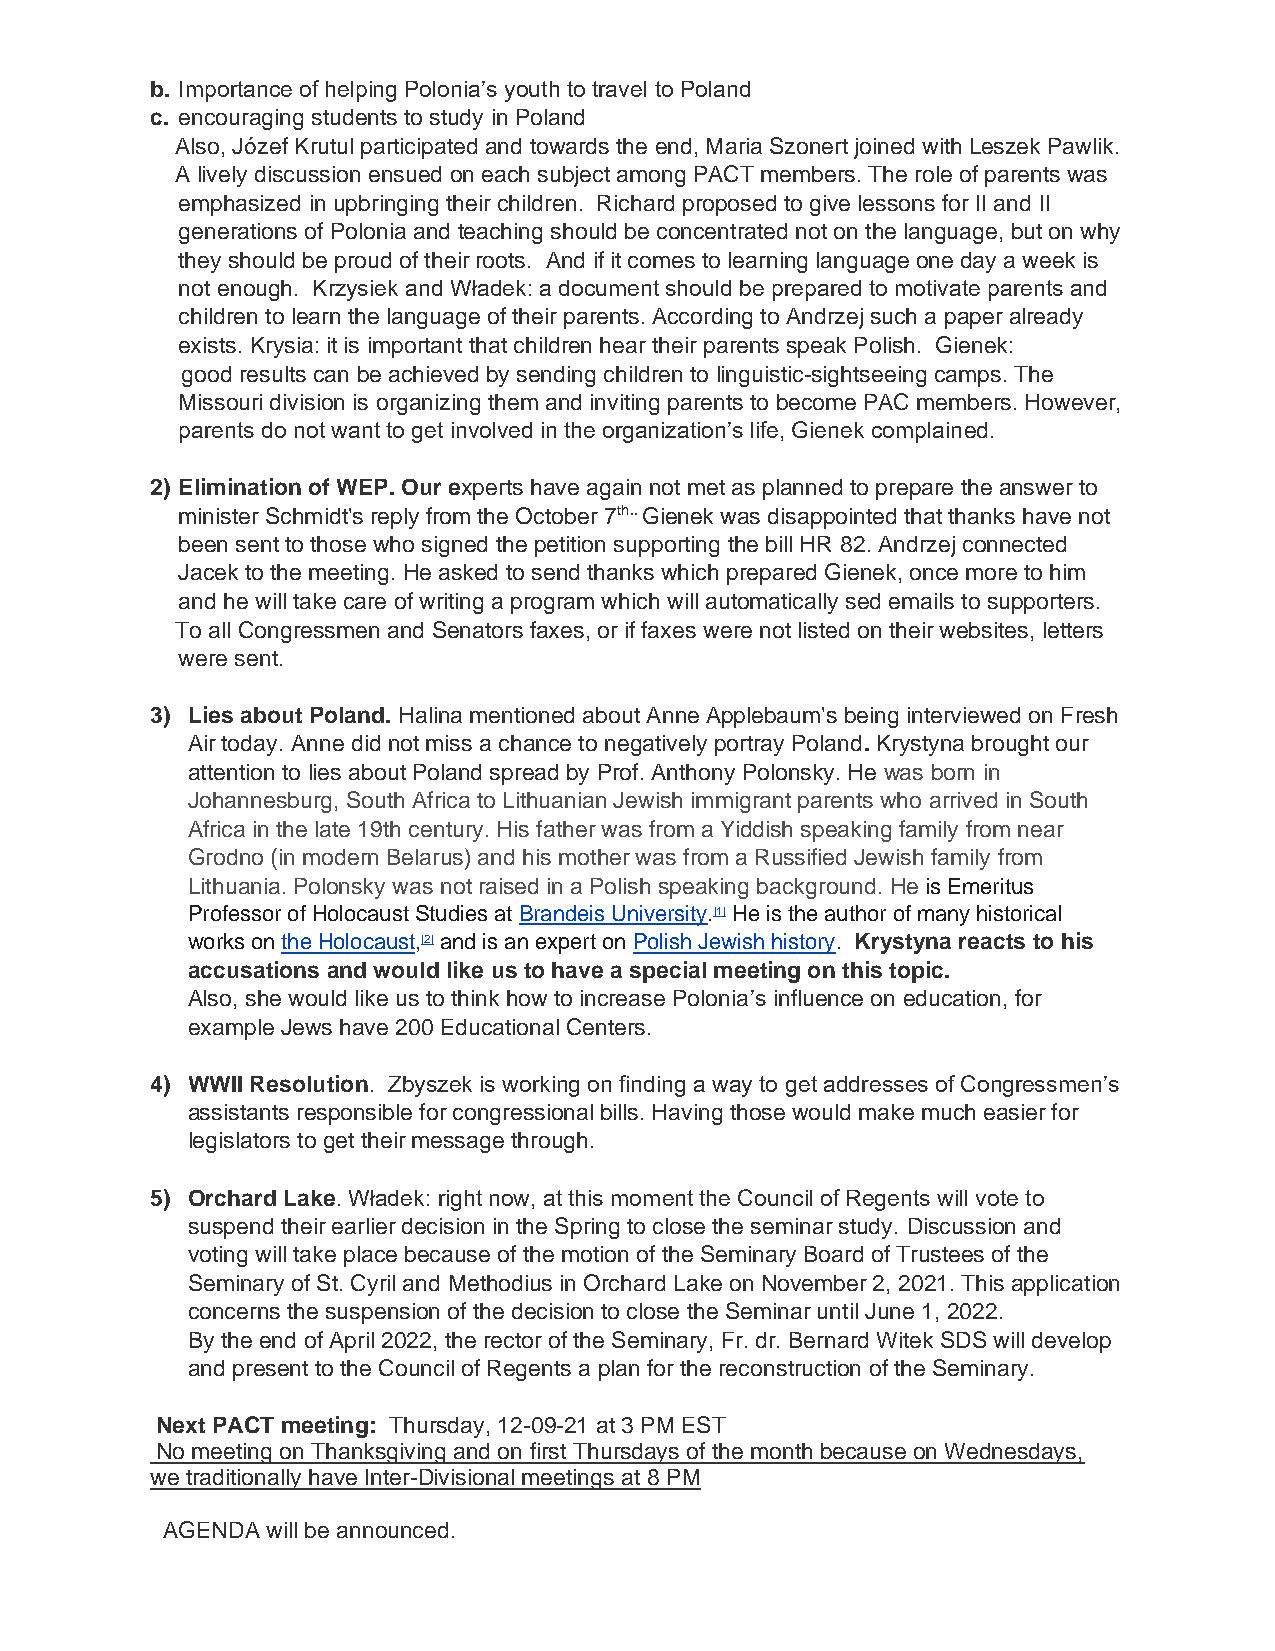
b. Importance of helping Polonia’s youth to travel to Poland
 c. encouraging students to study in Poland
 Also, Józef Krutul participated and towards the end, Maria Szonert joined with Leszek Pawlik.
 A lively discussion ensued on each subject among PACT members. The role of parents was
 emphasized in upbringing their children. Richard proposed to give lessons for II and II
 generations of Polonia and teaching should be concentrated not on the language, but on why
 they should be proud of their roots. And if it comes to learning language one day a week is
 not enough. Krzysiek and Władek: a document should be prepared to motivate parents and
 children to learn the language of their parents. According to Andrzej such a paper already
 exists. Krysia: it is important that children hear their parents speak Polish. Gienek:
 good results can be achieved by sending children to linguistic-sightseeing camps. The
 Missouri division is organizing them and inviting parents to become PAC members. However,
 parents do not want to get involved in the organization’s life, Gienek complained.
 2) Elimination of WEP. Our experts have again not met as planned to prepare the answer to
 minister Schmidt's reply from the October 7th.. Gienek was disappointed that thanks have not
 been sent to those who signed the petition supporting the bill HR 82. Andrzej connected
 Jacek to the meeting. He asked to send thanks which prepared Gienek, once more to him
 and he will take care of writing a program which will automatically sed emails to supporters.
 To all Congressmen and Senators faxes, or if faxes were not listed on their websites, letters
 were sent.
 3) Lies about Poland. Halina mentioned about Anne Applebaum's being interviewed on Fresh
 Air today. Anne did not miss a chance to negatively portray Poland. Krystyna brought our
 attention to lies about Poland spread by Prof. Anthony Polonsky. He was born in
 Johannesburg, South Africa to Lithuanian Jewish immigrant parents who arrived in South
 Africa in the late 19th century. His father was from a Yiddish speaking family from near
 Grodno (in modern Belarus) and his mother was from a Russified Jewish family from
 Lithuania. Polonsky was not raised in a Polish speaking background. He is Emeritus
 Professor of Holocaust Studies at Brandeis University.[1] He is the author of many historical
 works on the Holocaust,[2] and is an expert on Polish Jewish history. Krystyna reacts to his
 accusations and would like us to have a special meeting on this topic.
 Also, she would like us to think how to increase Polonia’s influence on education, for
 example Jews have 200 Educational Centers.
 4) WWII Resolution. Zbyszek is working on finding a way to get addresses of Congressmen’s
 assistants responsible for congressional bills. Having those would make much easier for
 legislators to get their message through.
 5) Orchard Lake. Władek: right now, at this moment the Council of Regents will vote to
 suspend their earlier decision in the Spring to close the seminar study. Discussion and
 voting will take place because of the motion of the Seminary Board of Trustees of the
 Seminary of St. Cyril and Methodius in Orchard Lake on November 2, 2021. This application
 concerns the suspension of the decision to close the Seminar until June 1, 2022.
 By the end of April 2022, the rector of the Seminary, Fr. dr. Bernard Witek SDS will develop
 and present to the Council of Regents a plan for the reconstruction of the Seminary.
 Next PACT meeting: Thursday, 12-09-21 at 3 PM EST
 No meeting on Thanksgiving and on first Thursdays of the month because on Wednesdays,
 we traditionally have Inter-Divisional meetings at 8 PM
 AGENDA will be announced.